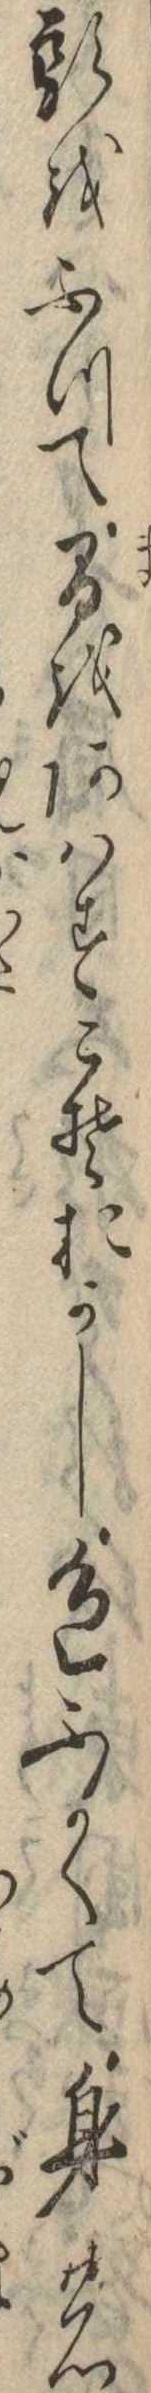
頭をふつて間をあはすこそおかし色ふかくて身の